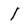
Character: I